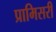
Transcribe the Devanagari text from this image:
प्रामिसरी